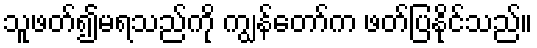
သူဖတ်၍မရသည်ကို ကျွန်တော်က ဖတ်ပြနိုင်သည်။